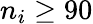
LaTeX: n_{i}\geq 90